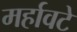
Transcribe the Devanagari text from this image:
मर्हावटे